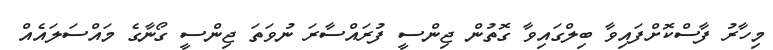
މިހާރު ފާސްކޮށްފައިވާ ބިލްގައިވާ ގޮތުން ޖިންސީ ފުރައްސާރަ ނުވަތަ ޖިންސީ ގޯނާގެ މައްސަލައެއް